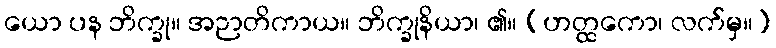
ယော ပန ဘိက္ခု။ အဉာတိကာယ။ ဘိက္ခုနိယာ၊ ၏။ (ဟတ္ထကော၊ လက်မှ။)